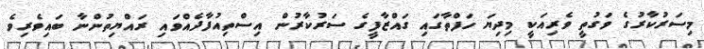
މިސަރުކާރުގެ ވަގުތީ ވެރިއަކީ މިދިޔަ ހަފްތާގައި ގައްޒާފީގެ ސަރުކާރުން އިސްތިއުފާދެއްވައި ރައްޔިތުންނާ ބައިވެރިވެ